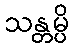
သန္တမ္ပိ